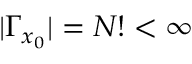
| \Gamma _ { x _ { 0 } } | = N ! < \infty